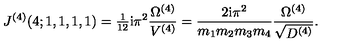
J ^ { ( 4 ) } ( 4 ; 1 , 1 , 1 , 1 ) = { \textstyle { \frac { 1 } { 1 2 } } } \mathrm { i } \pi ^ { 2 } \frac { \Omega ^ { ( 4 ) } } { V ^ { ( 4 ) } } = \frac { 2 \mathrm { i } \pi ^ { 2 } } { m _ { 1 } m _ { 2 } m _ { 3 } m _ { 4 } } \frac { \Omega ^ { ( 4 ) } } { \sqrt { D ^ { ( 4 ) } } } .